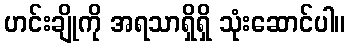
ဟင်းချိုကို အရသာရှိရှိ သုံးဆောင်ပါ။